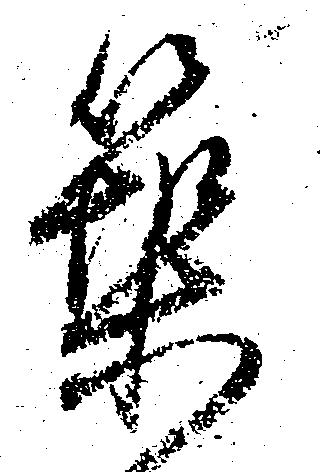
築